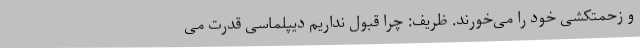
و زحمتکشی خود را می‌خورند. ظریف: چرا قبول نداریم دیپلماسی قدرت می